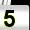
Digit: 5